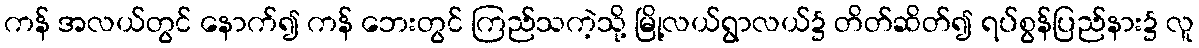
ကန် အလယ်တွင် နောက်၍ ကန် ဘေးတွင် ကြည်သကဲ့သို့ မြို့လယ်ရွာလယ်၌ တိတ်ဆိတ်၍ ရပ်စွန်ပြည်နား၌ လူ